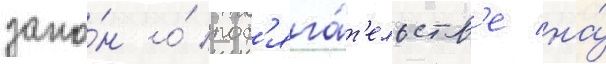
зако́н о́ пос'яга́т'ельств'е на́